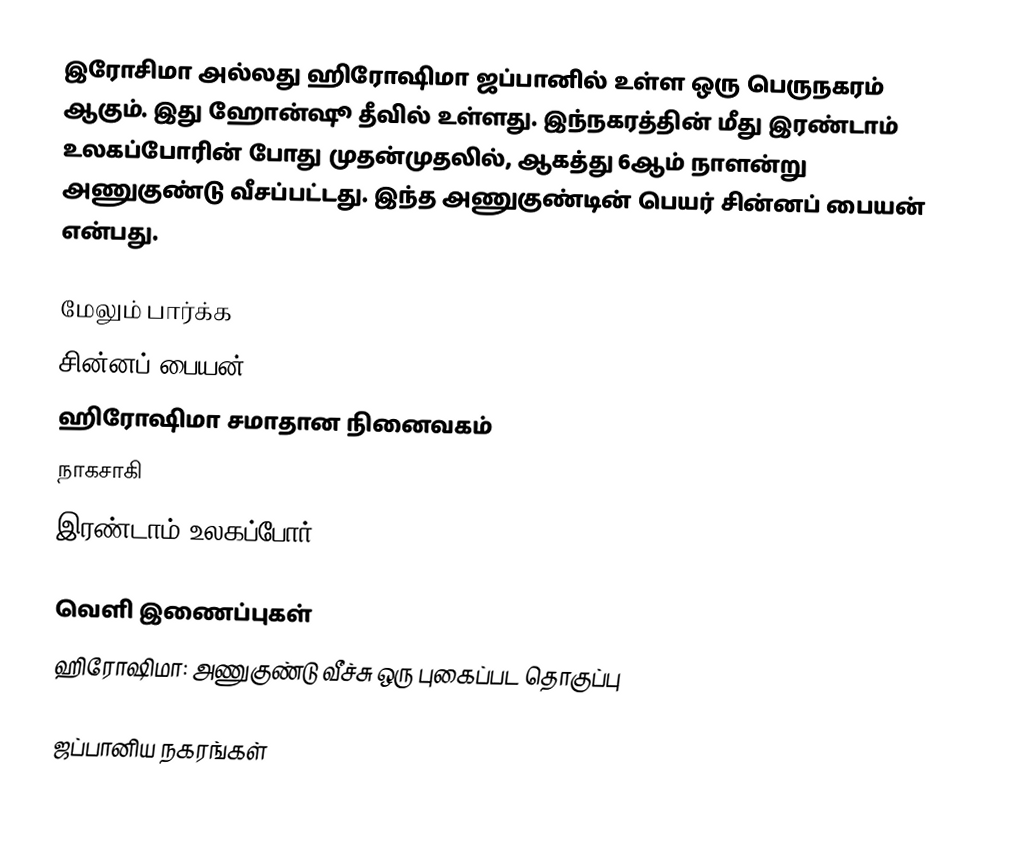
இரோசிமா அல்லது ஹிரோஷிமா ஜப்பானில் உள்ள ஒரு பெருநகரம் ஆகும். இது ஹோன்ஷூ தீவில் உள்ளது. இந்நகரத்தின் மீது இரண்டாம் உலகப்போரின் போது முதன்முதலில், ஆகத்து 6ஆம் நாளன்று அணுகுண்டு வீசப்பட்டது. இந்த அணுகுண்டின் பெயர் சின்னப் பையன் என்பது.

மேலும் பார்க்க
 சின்னப் பையன்
 ஹிரோஷிமா சமாதான நினைவகம்
 நாகசாகி
 இரண்டாம் உலகப்போர்

வெளி இணைப்புகள்
ஹிரோஷிமா: அணுகுண்டு வீச்சு ஒரு புகைப்பட தொகுப்பு

ஜப்பானிய நகரங்கள்